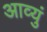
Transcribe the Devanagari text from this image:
आव्युं